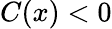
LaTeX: C(x)<0